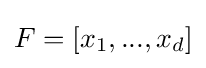
F=[x_{1},...,x_{d}]